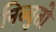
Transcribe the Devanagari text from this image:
निब्बुतो